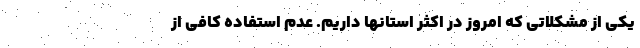
یکی از مشکلاتی که امروز در اکثر استانها داریم. عدم استفاده کافی از